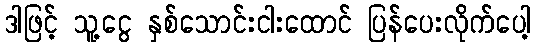
ဒါဖြင့် သူ့ငွေ နှစ်သောင်းငါးထောင် ပြန်ပေးလိုက်ပေါ့